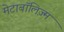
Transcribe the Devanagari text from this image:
मेटाबॉलिज़्म